Bréfritari: Sigurður Jónsson
Viðtakandi: Jón Borgfirðings Jónsson
Dagsetning: A-1861-11-24
Skrifað á: Möðrudal  N-Múl.

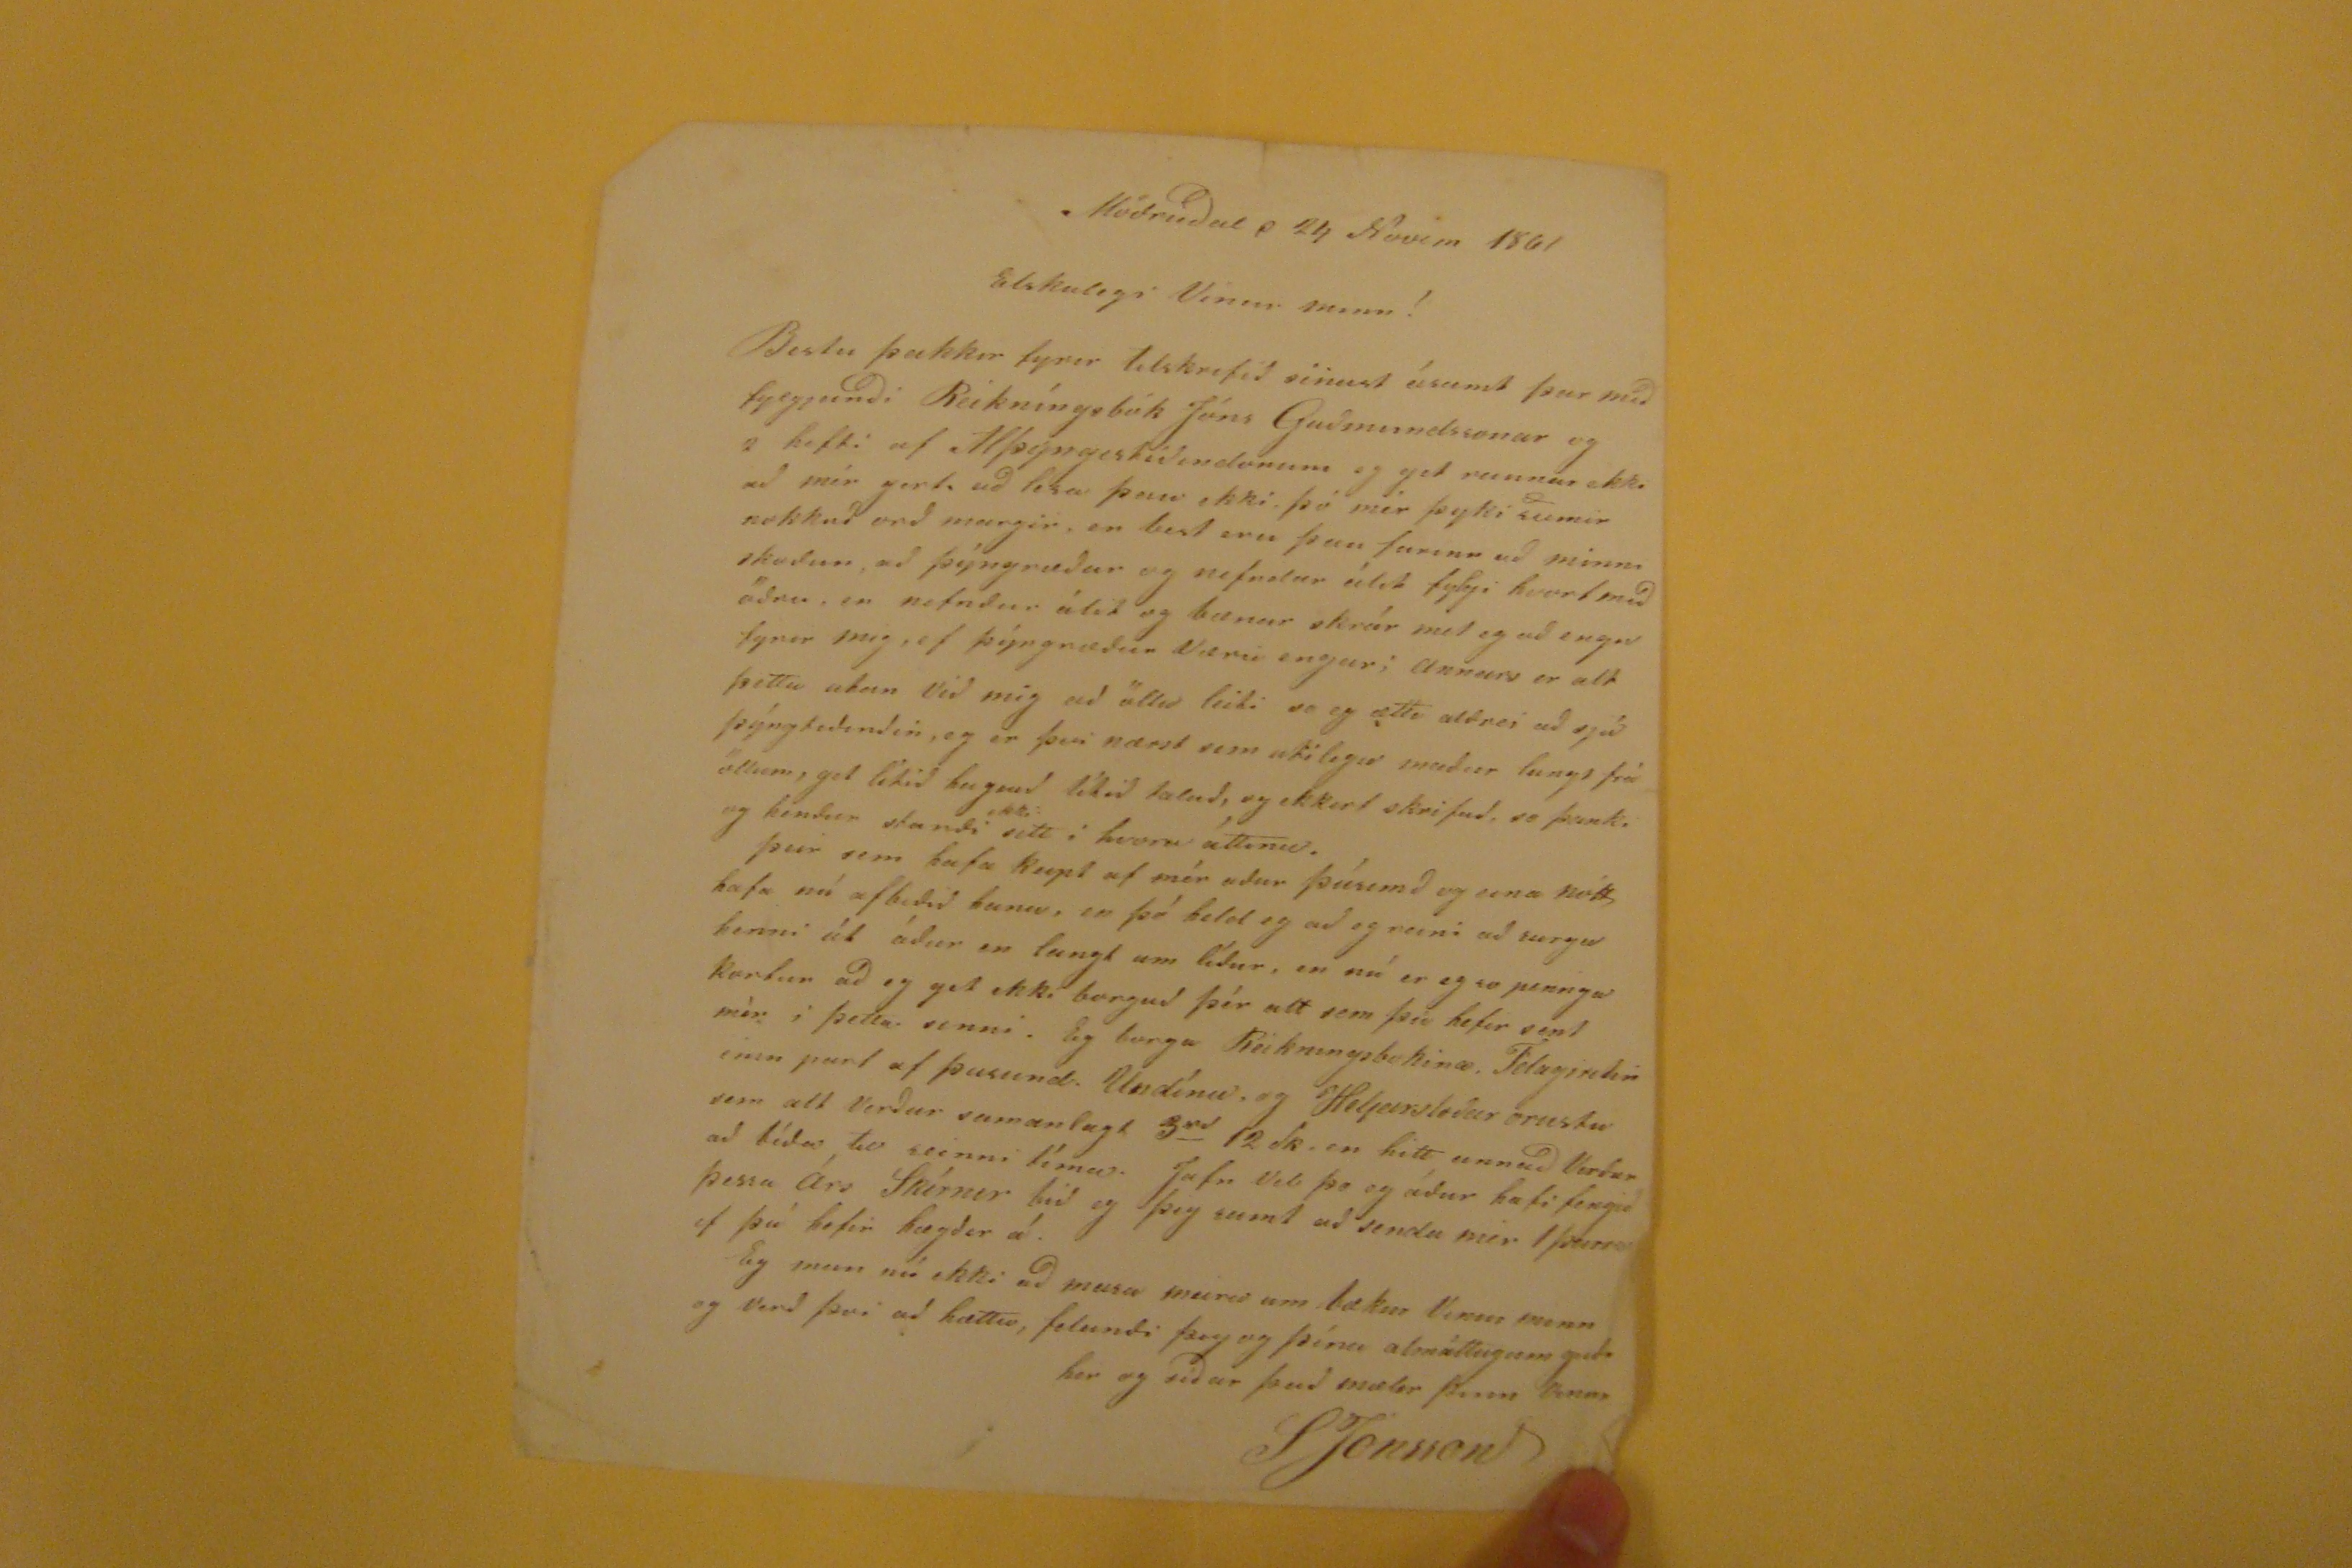

Möðrudal d 24 Novem 1861
Elskulegi Vinur minn!
Bestu þakkir fyrir tilskrifið sénust ásamt þar með fylgjandði Reikníngsbók Jóns Guðmundssonar og 2 hefti af Alþýngistíðindonum eg get raunar ekki að mér gert, að lesa þau ekki, þó mér þyki sumir nokkuð orð margir, en best eru þau farinn að minni skoðun, að þýngræður og nefndur álit fylgi hvort með öðru, en nefndur álit og bænar skrár með eg að engu fyrir mig, ef þýngræður Væru engar; annars er alt þetta utan við mig að öllu leiti so eg ætti aldrie að sjá þýngtiðindin, eg er þvi nærst sem utilegu maður langt frá öllum, get lítið
hagnið
lítið talað, og ekkert skrifað, so
þank.
og hendur standi
ekki
sett í hvoru áttinu. þeir sem hafa keipt af mér eður þúsunð og eina nótt hafa nú afbeðið hana, en þó held eg að eg reini að surgu henni út áður en langt um líður, en nú er eg so pennga kortur að eg get ekki borguð þér alt sem þú hefir sent mér í þetta sinni. Eg borga Reikningsbokina. Félagsritin einn part af þusund. Undínu, og Heljarsloður orustu sem alt verður samanlagt 3
rd
12 sk. en hitt annað Verður að bíða til seinni tíma. Jafn vel þo og áður hafi fengið þessa Árs Skrírnri bið eg þig samt að senda mér 1
þu???
ef þú hefir hægðir á. Eg mun nú ekki að masa meira um bækur Vinur minn og verð þvi að hætta, felanði þig og þína almáttugum guði her og síðar það mælir þinn vinur
SJónsson